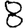
Digit: 8